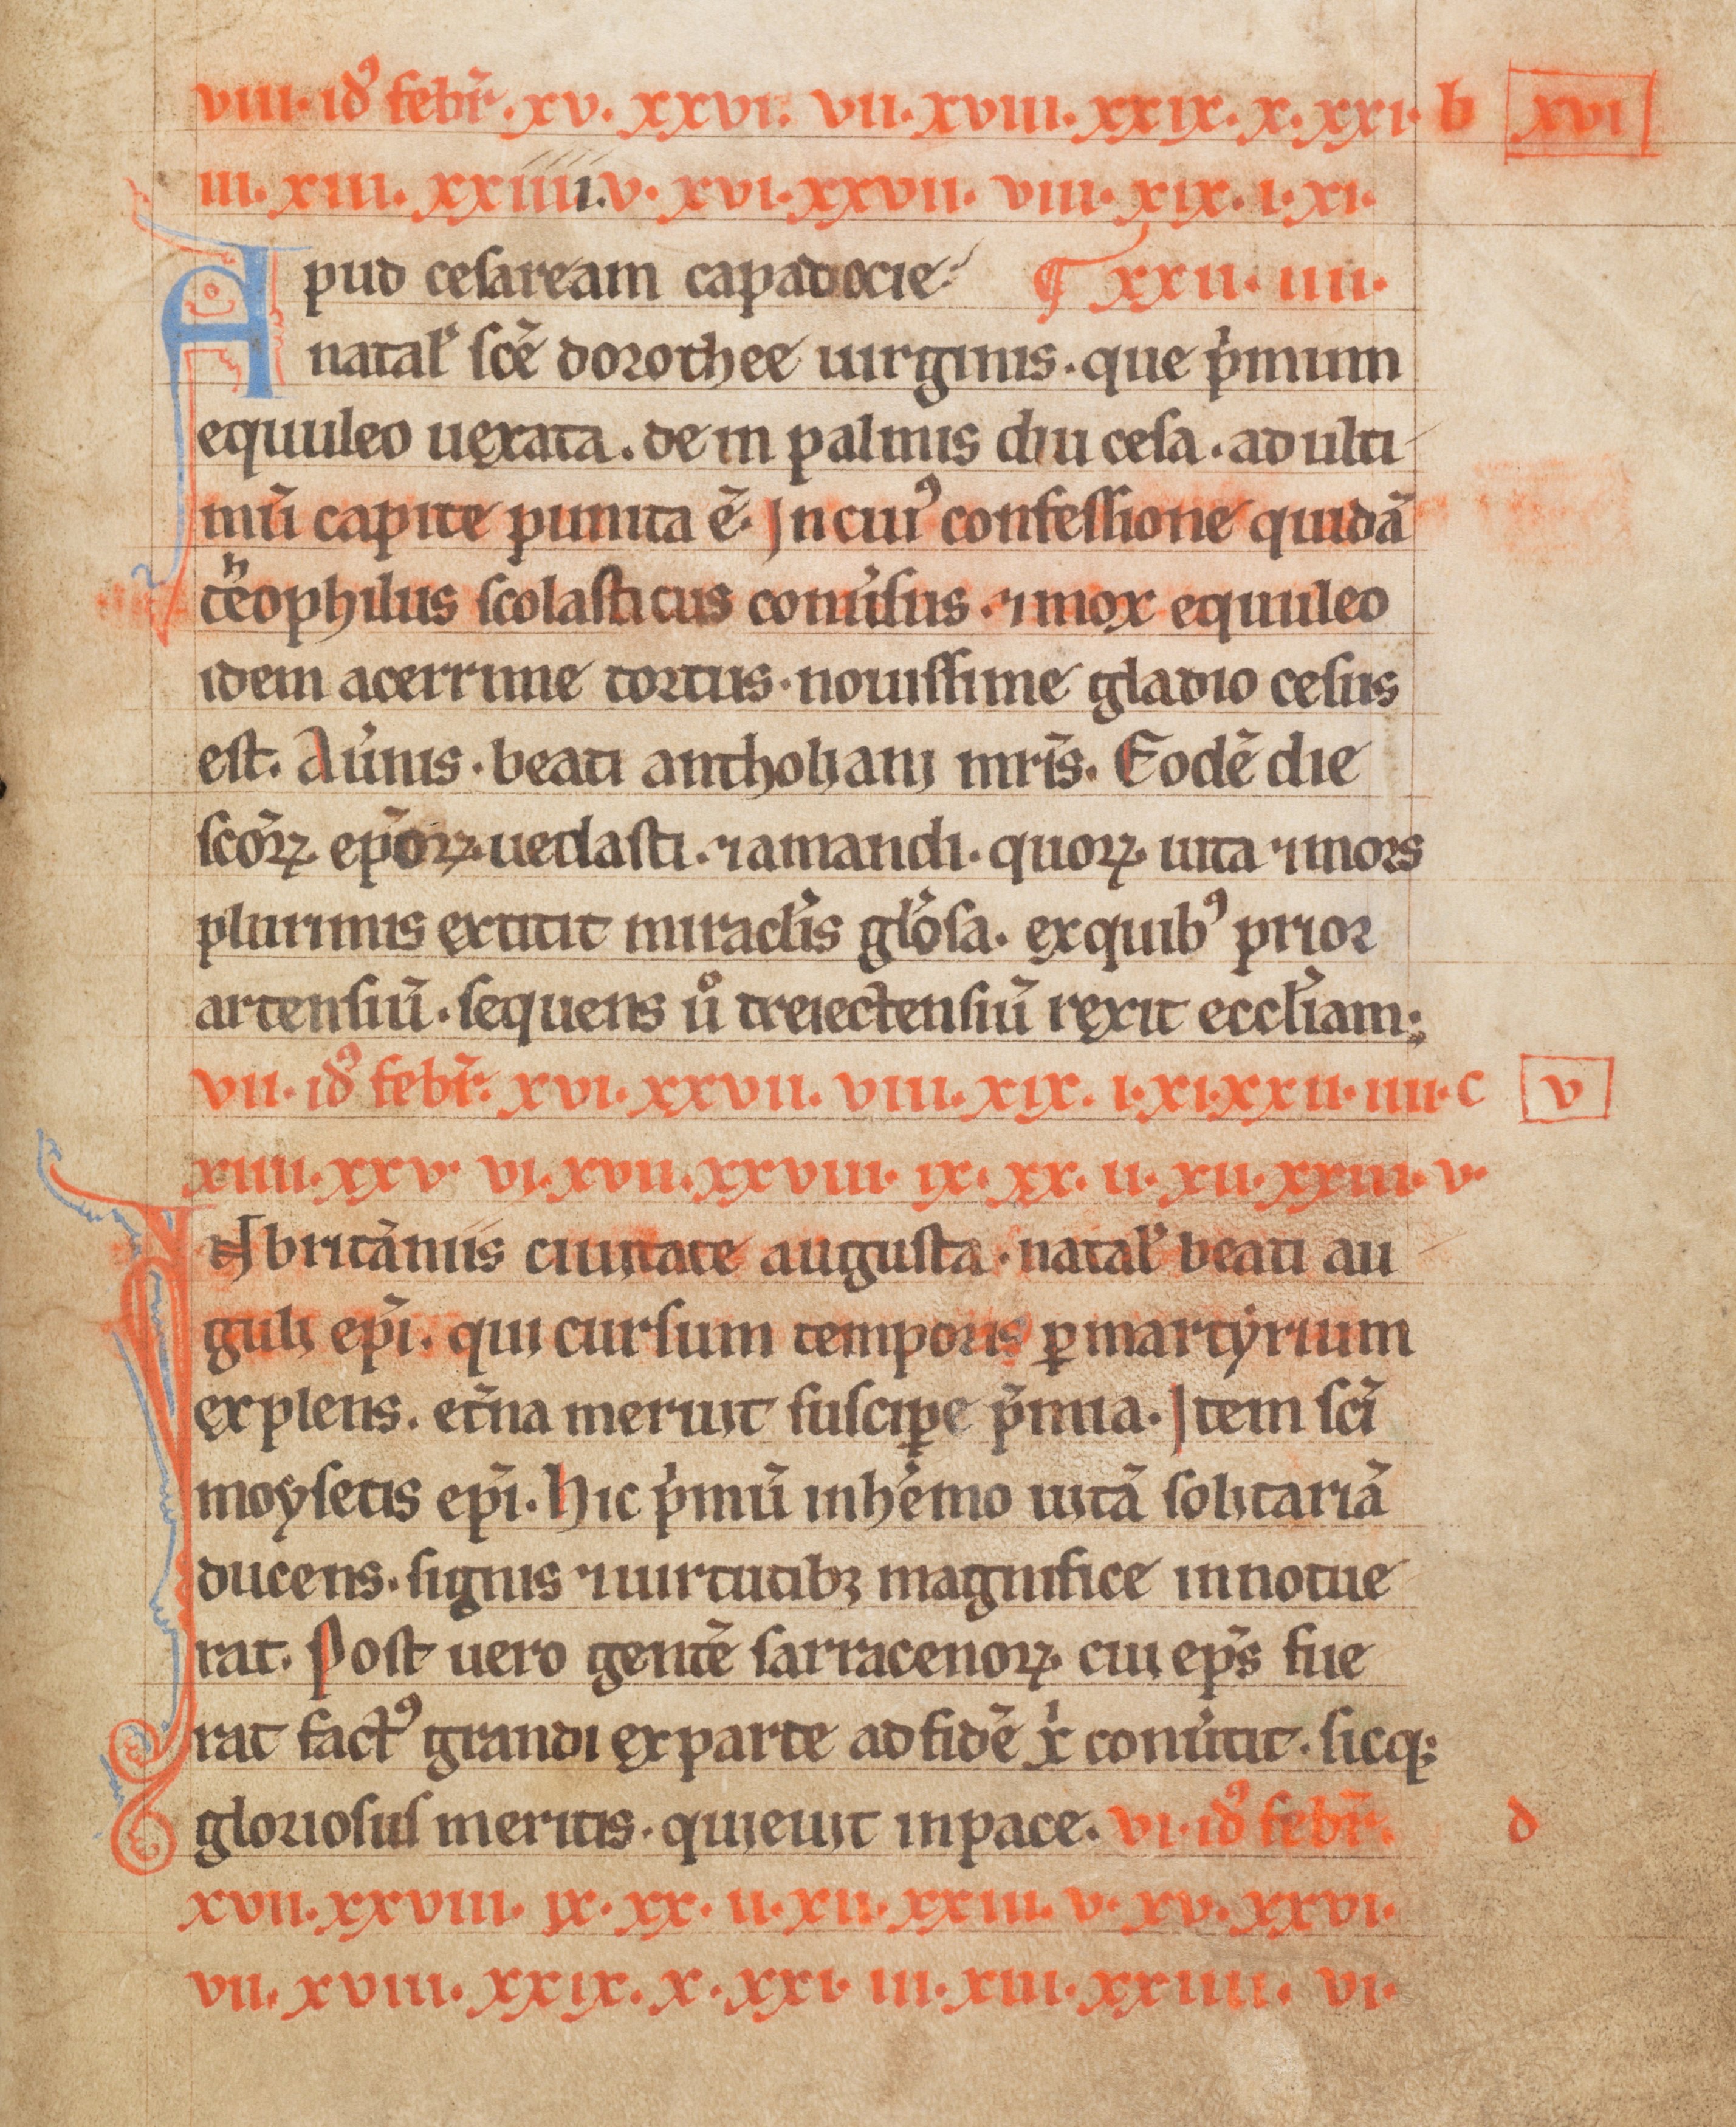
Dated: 1185–1215